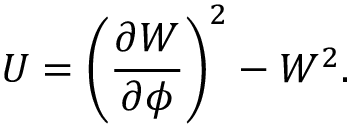
U = \left( \frac { \partial W } { \partial \phi } \right) ^ { 2 } - W ^ { 2 } .